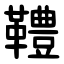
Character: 䪆